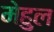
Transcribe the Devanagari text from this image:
मेहुल